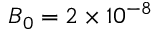
B _ { 0 } = 2 \times 1 0 ^ { - 8 }